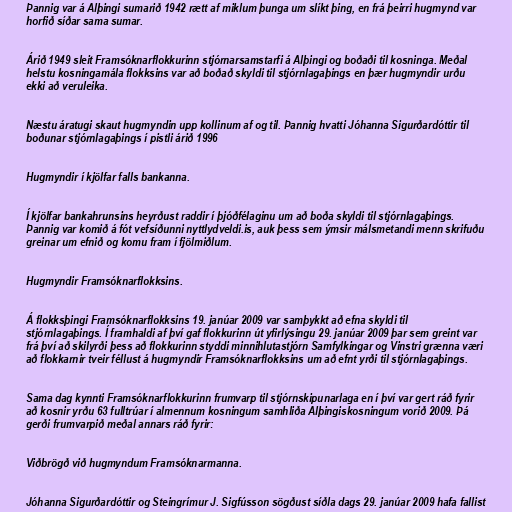
Þannig var á Alþingi sumarið 1942 rætt af miklum þunga um slíkt þing, en frá þeirri hugmynd var
horfið síðar sama sumar.

Árið 1949 sleit Framsóknarflokkurinn stjórnarsamstarfi á Alþingi og boðaði til kosninga. Meðal
helstu kosningamála flokksins var að boðað skyldi til stjórnlagaþings en þær hugmyndir urðu
ekki að veruleika.

Næstu áratugi skaut hugmyndin upp kollinum af og til. Þannig hvatti Jóhanna Sigurðardóttir til
boðunar stjórnlagaþings í pistli árið 1996

Hugmyndir í kjölfar falls bankanna.

Í kjölfar bankahrunsins heyrðust raddir í þjóðfélaginu um að boða skyldi til stjórnlagaþings.
Þannig var komið á fót vefsíðunni nyttlydveldi.is, auk þess sem ýmsir málsmetandi menn skrifuðu
greinar um efnið og komu fram í fjölmiðlum.

Hugmyndir Framsóknarflokksins.

Á flokksþingi Framsóknarflokksins 19. janúar 2009 var samþykkt að efna skyldi til
stjórnlagaþings. Í framhaldi af því gaf flokkurinn út yfirlýsingu 29. janúar 2009 þar sem greint var
frá því að skilyrði þess að flokkurinn styddi minnihlutastjórn Samfylkingar og Vinstri grænna væri
að flokkarnir tveir féllust á hugmyndir Framsóknarflokksins um að efnt yrði til stjórnlagaþings.

Sama dag kynnti Framsóknarflokkurinn frumvarp til stjórnskipunarlaga en í því var gert ráð fyrir
að kosnir yrðu 63 fulltrúar í almennum kosningum samhliða Alþingiskosningum vorið 2009. Þá
gerði frumvarpið meðal annars ráð fyrir:

Viðbrögð við hugmyndum Framsóknarmanna.

Jóhanna Sigurðardóttir og Steingrímur J. Sigfússon sögðust síðla dags 29. janúar 2009 hafa fallist